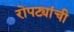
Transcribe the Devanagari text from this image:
रोपट्यांची